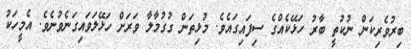
ބިރުވެރިކަން ނުކުތީ ބާރު ހަޅޭކެއްގެ ސިފައިގައެވެ. މުޅިތަން ގުގުމާލާ ވަރަށް ހަޅޭލަވައިގަނެވުނެވެ. އެމީހަކު